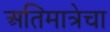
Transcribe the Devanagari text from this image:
अतिमात्रेचा